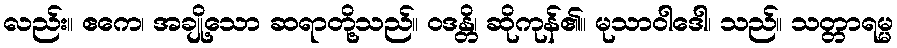
လည်း။ ဧကေ၊ အချို့သော ဆရာတို့သည်။ ဝဒန္တိ၊ ဆိုကုန်၏။ မုသာဝါဒေါ၊ သည်။ သတ္တာရမ္မ